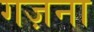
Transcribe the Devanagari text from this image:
गज़ना